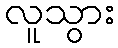
လူသွား